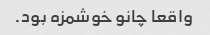
واقعا چانو خوشمزه بود.